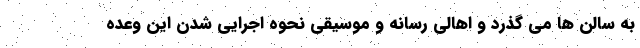
به سالن ها می گذرد و اهالی رسانه و موسیقی نحوه اجرایی شدن این وعده